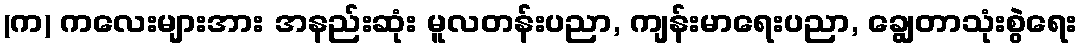
(က) ကလေးများအား အနည်းဆုံး မူလတန်းပညာ, ကျန်းမာရေးပညာ, ချွေတာသုံးစွဲရေး